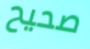
صحيح